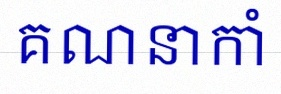
គណនាកាំ